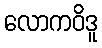
လောကဝိဒူ